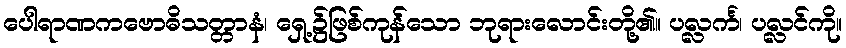
ပေါရာဏကဗောဓိသတ္တာနံ၊ ရှေ့၌ဖြစ်ကုန်သော ဘုရားလောင်းတို့၏။ ပလ္လင်္က၊ ပလ္လင်ကို။